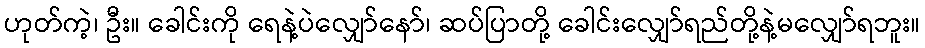
ဟုတ်ကဲ့၊ ဦး။ ခေါင်းကို ရေနဲ့ပဲလျှော်နော်၊ ဆပ်ပြာတို့ ခေါင်းလျှော်ရည်တို့နဲ့မလျှော်ရဘူး။